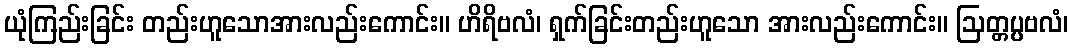
ယုံကြည်းခြင်း တည်းဟူသောအားလည်းကောင်း။ ဟိရိဗလံ၊ ရှက်ခြင်းတည်းဟူသော အားလည်းကောင်း။ ဩတ္တပ္ပဗလံ၊